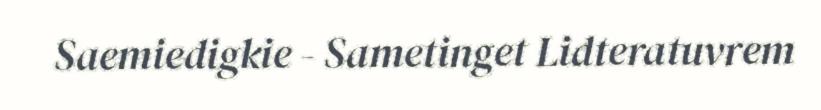
Saemiedigkie - Sametinget Lidteratuvrem